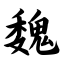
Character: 魏